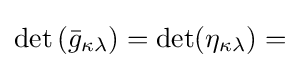
\det \left({\bar {g}}_{\kappa \lambda }\right)=\det(\eta _{\kappa \lambda })=